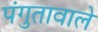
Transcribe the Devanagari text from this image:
पंगुतावाले